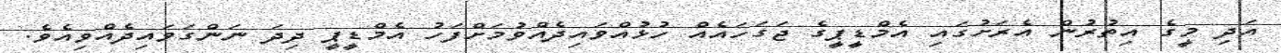
އަދި މީގެ އިތުރުން އެރަށުގައި އެމްޑީޕީގެ ޖަގަހައެއް ހުޅުއްވައިދެއްވުމަށްފަހު އެމްޑީޕީ ދިދަ ނަންގަވައިދެއްވިއެވެ.